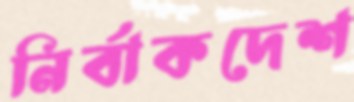
নির্বাকদেশ